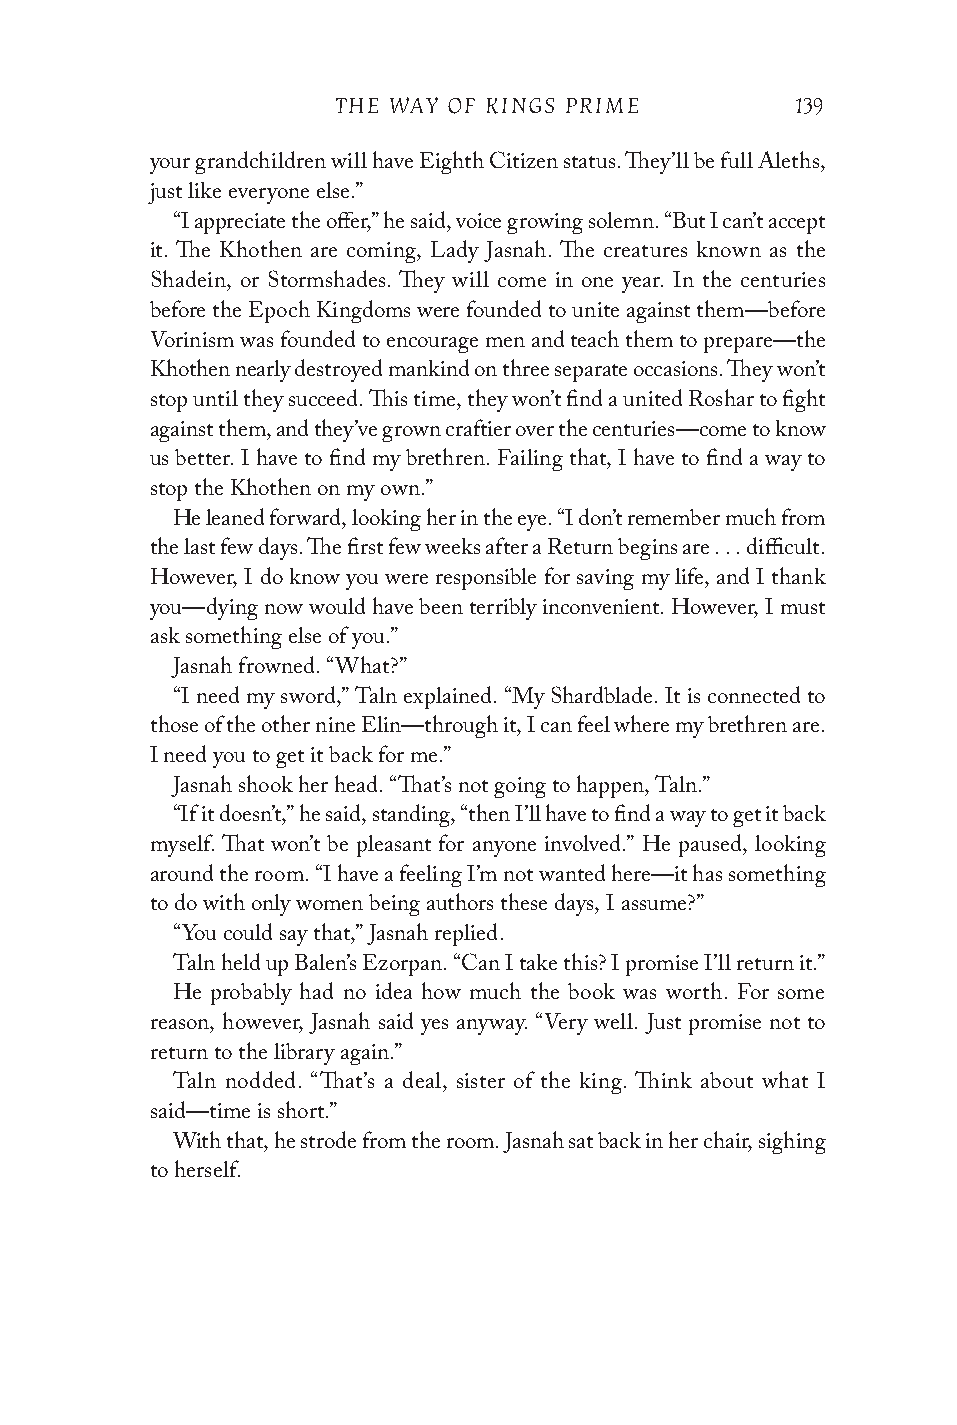
THE WAY OF KINGS PRIME         139
 your grandchildren will have Eighth Citizen status. They’ll be full Aleths,
 just like everyone else.”
 “I appreciate the offer,” he said, voice growing solemn. “But I can’t accept
 it. The Khothen are coming, Lady Jasnah. The creatures known as the
 Shadein, or Stormshades. They will come in one year. In the centuries
 before the Epoch Kingdoms were founded to unite against them—before
 Vorinism was founded to encourage men and teach them to prepare—the
 Khothen nearly destroyed mankind on three separate occasions. They won’t
 stop until they succeed. This time, they won’t find a united Roshar to fight
 against them, and they’ve grown craftier over the centuries—come to know
 us better. I have to find my brethren. Failing that, I have to find a way to
 stop the Khothen on my own.”
 He leaned forward, looking her in the eye. “I don’t remember much from
 the last few days. The first few weeks after a Return begins are . . . difficult.
 However, I do know you were responsible for saving my life, and I thank
 you—dying now would have been terribly inconvenient. However, I must
 ask something else of you.”
 Jasnah frowned. “What?”
 “I need my sword,” Taln explained. “My Shardblade. It is connected to
 those of the other nine Elin—through it, I can feel where my brethren are.
 I need you to get it back for me.”
 Jasnah shook her head. “That’s not going to happen, Taln.”
 “If it doesn’t,” he said, standing, “then I’ll have to find a way to get it back
 myself. That won’t be pleasant for anyone involved.” He paused, looking
 around the room. “I have a feeling I’m not wanted here—it has something
 to do with only women being authors these days, I assume?”
 “You could say that,” Jasnah replied.
 Taln held up Balen’s Ezorpan. “Can I take this? I promise I’ll return it.”
 He probably had no idea how much the book was worth. For some
 reason, however, Jasnah said yes anyway. “Very well. Just promise not to
 return to the library again.”
 Taln nodded. “That’s a deal, sister of the king. Think about what I
 said—time is short.”
 With that, he strode from the room. Jasnah sat back in her chair, sighing
 to herself.